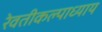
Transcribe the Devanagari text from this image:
रेवतीकल्पाध्याय